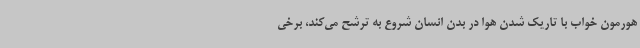
هورمون خواب با تاریک شدن هوا در بدن انسان شروع به ترشح می‌کند، برخی